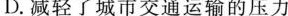
D.减轻了城市交通运输的压力